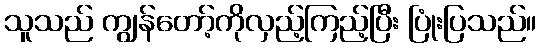
သူသည် ကျွန်တော့်ကိုလှည့်ကြည့်ပြီး ပြုံးပြသည်။